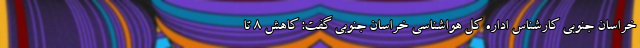
خراسان جنوبی کارشناس اداره کل هواشناسی خراسان جنوبی گفت: کاهش ۸ تا